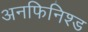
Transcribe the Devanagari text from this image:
अनफिनिश्ड